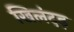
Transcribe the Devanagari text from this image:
खिलंदड़